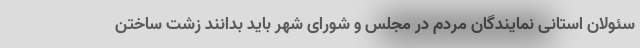
سئولان استانی نمایندگان مردم در مجلس و شورای شهر باید بدانند زشت ساختن